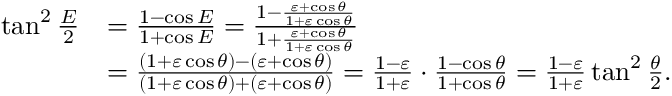
{ \begin{array} { r l } { \tan ^ { 2 } { \frac { E } { 2 } } } & { = { \frac { 1 - \cos E } { 1 + \cos E } } = { \frac { 1 - { \frac { \varepsilon + \cos \theta } { 1 + \varepsilon \cos \theta } } } { 1 + { \frac { \varepsilon + \cos \theta } { 1 + \varepsilon \cos \theta } } } } } \\ & { = { \frac { ( 1 + \varepsilon \cos \theta ) - ( \varepsilon + \cos \theta ) } { ( 1 + \varepsilon \cos \theta ) + ( \varepsilon + \cos \theta ) } } = { \frac { 1 - \varepsilon } { 1 + \varepsilon } } \cdot { \frac { 1 - \cos \theta } { 1 + \cos \theta } } = { \frac { 1 - \varepsilon } { 1 + \varepsilon } } \tan ^ { 2 } { \frac { \theta } { 2 } } . } \end{array} }